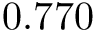
0 . 7 7 0